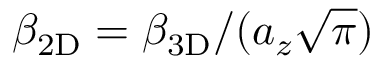
\beta _ { \mathrm { 2 D } } = \beta _ { \mathrm { 3 D } } / ( a _ { z } \sqrt { \pi } )